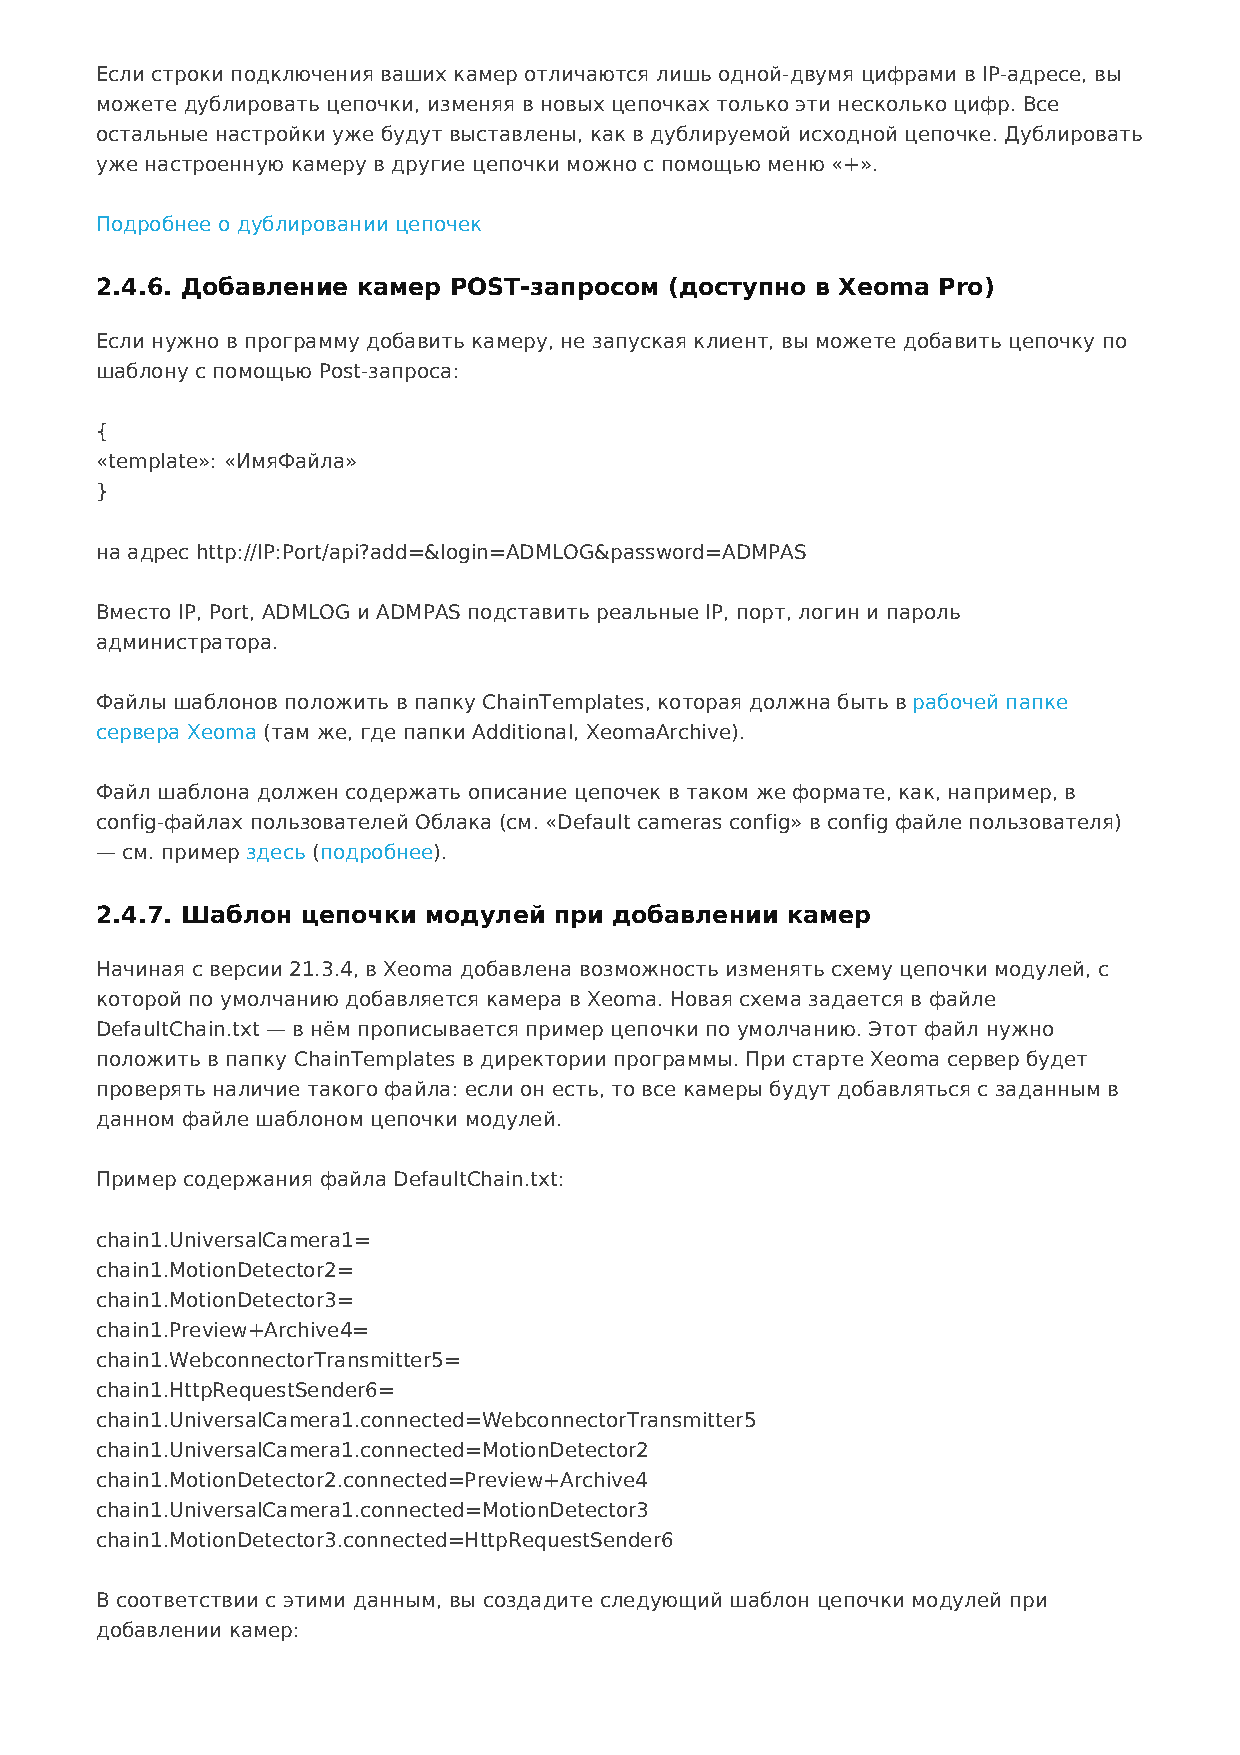
Если строки подключения ваших камер отличаются лишь одной-двумя цифрами в IP-адресе, вы
 можете дублировать цепочки, изменяя в новых цепочках только эти несколько цифр. Все
 остальные настройки уже будут выставлены, как в дублируемой исходной цепочке. Дублировать
 уже настроенную камеру в другие цепочки можно с помощью меню «+».
 Подробнее о дублировании цепочек
 2.4.6. Добавление камер POST-запросом (доступно в Xeoma Pro)
 Если нужно в программу добавить камеру, не запуская клиент, вы можете добавить цепочку по
 шаблону с помощью Post-запроса:
 {
 «template»: «ИмяФайла»
 }
 на адрес http://IP:Port/api?add=&login=ADMLOG&password=ADMPAS
 Вместо IP, Port, ADMLOG и ADMPAS подставить реальные IP, порт, логин и пароль
 администратора.
 Файлы шаблонов положить в папку ChainTemplates, которая должна быть в рабочей папке
 сервера Xeoma (там же, где папки Additional, XeomaArchive).
 Файл шаблона должен содержать описание цепочек в таком же формате, как, например, в
 config-файлах пользователей Облака (см. «Default cameras config» в config файле пользователя)
 — см. пример здесь (подробнее).
 2.4.7. Шаблон цепочки модулей  при добавлении камер
 Начиная с версии 21.3.4, в Xeoma добавлена возможность изменять схему цепочки модулей, с
 которой по умолчанию добавляется камера в Xeoma. Новая схема задается в файле
 DefaultChain.txt — в нём прописывается пример цепочки по умолчанию. Этот файл нужно
 положить в папку ChainTemplates в директории программы. При старте Xeoma сервер будет
 проверять наличие такого файла: если он есть, то все камеры будут добавляться с заданным в
 данном файле шаблоном цепочки модулей.
 Пример содержания файла DefaultChain.txt:
 chain1.UniversalCamera1=
 chain1.MotionDetector2=
 chain1.MotionDetector3=
 chain1.Preview+Archive4=
 chain1.WebconnectorTransmitter5=
 chain1.HttpRequestSender6=
 chain1.UniversalCamera1.connected=WebconnectorTransmitter5
 chain1.UniversalCamera1.connected=MotionDetector2
 chain1.MotionDetector2.connected=Preview+Archive4
 chain1.UniversalCamera1.connected=MotionDetector3
 chain1.MotionDetector3.connected=HttpRequestSender6
 В соответствии с этими данным, вы создадите следующий шаблон цепочки модулей при
 добавлении камер: